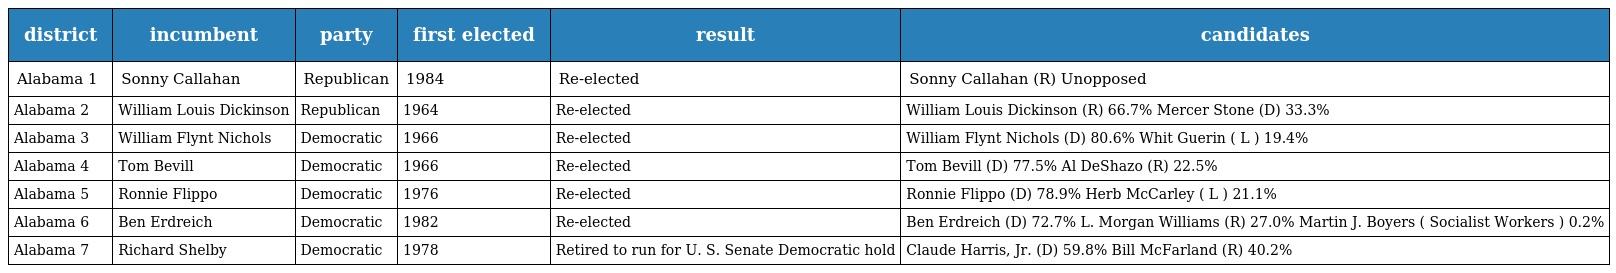
| district | incumbent | party | first elected | result | candidates |
 | --- | --- | --- | --- | --- | --- |
 | Alabama 1 | Sonny Callahan | Republican | 1984 | Re-elected | Sonny Callahan (R) Unopposed |
 | Alabama 2 | William Louis Dickinson | Republican | 1964 | Re-elected | William Louis Dickinson (R) 66.7% Mercer Stone (D) 33.3% |
 | Alabama 3 | William Flynt Nichols | Democratic | 1966 | Re-elected | William Flynt Nichols (D) 80.6% Whit Guerin ( L ) 19.4% |
 | Alabama 4 | Tom Bevill | Democratic | 1966 | Re-elected | Tom Bevill (D) 77.5% Al DeShazo (R) 22.5% |
 | Alabama 5 | Ronnie Flippo | Democratic | 1976 | Re-elected | Ronnie Flippo (D) 78.9% Herb McCarley ( L ) 21.1% |
 | Alabama 6 | Ben Erdreich | Democratic | 1982 | Re-elected | Ben Erdreich (D) 72.7% L. Morgan Williams (R) 27.0% Martin J. Boyers ( Socialist Workers ) 0.2% |
 | Alabama 7 | Richard Shelby | Democratic | 1978 | Retired to run for U. S. Senate Democratic hold | Claude Harris, Jr. (D) 59.8% Bill McFarland (R) 40.2% |